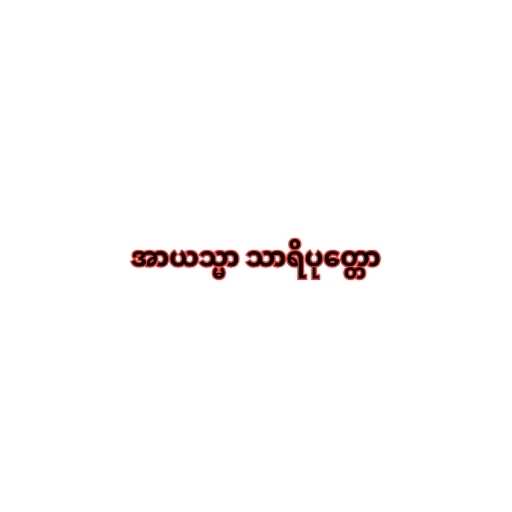
အာယသ္မာ သာရိပုတ္တော